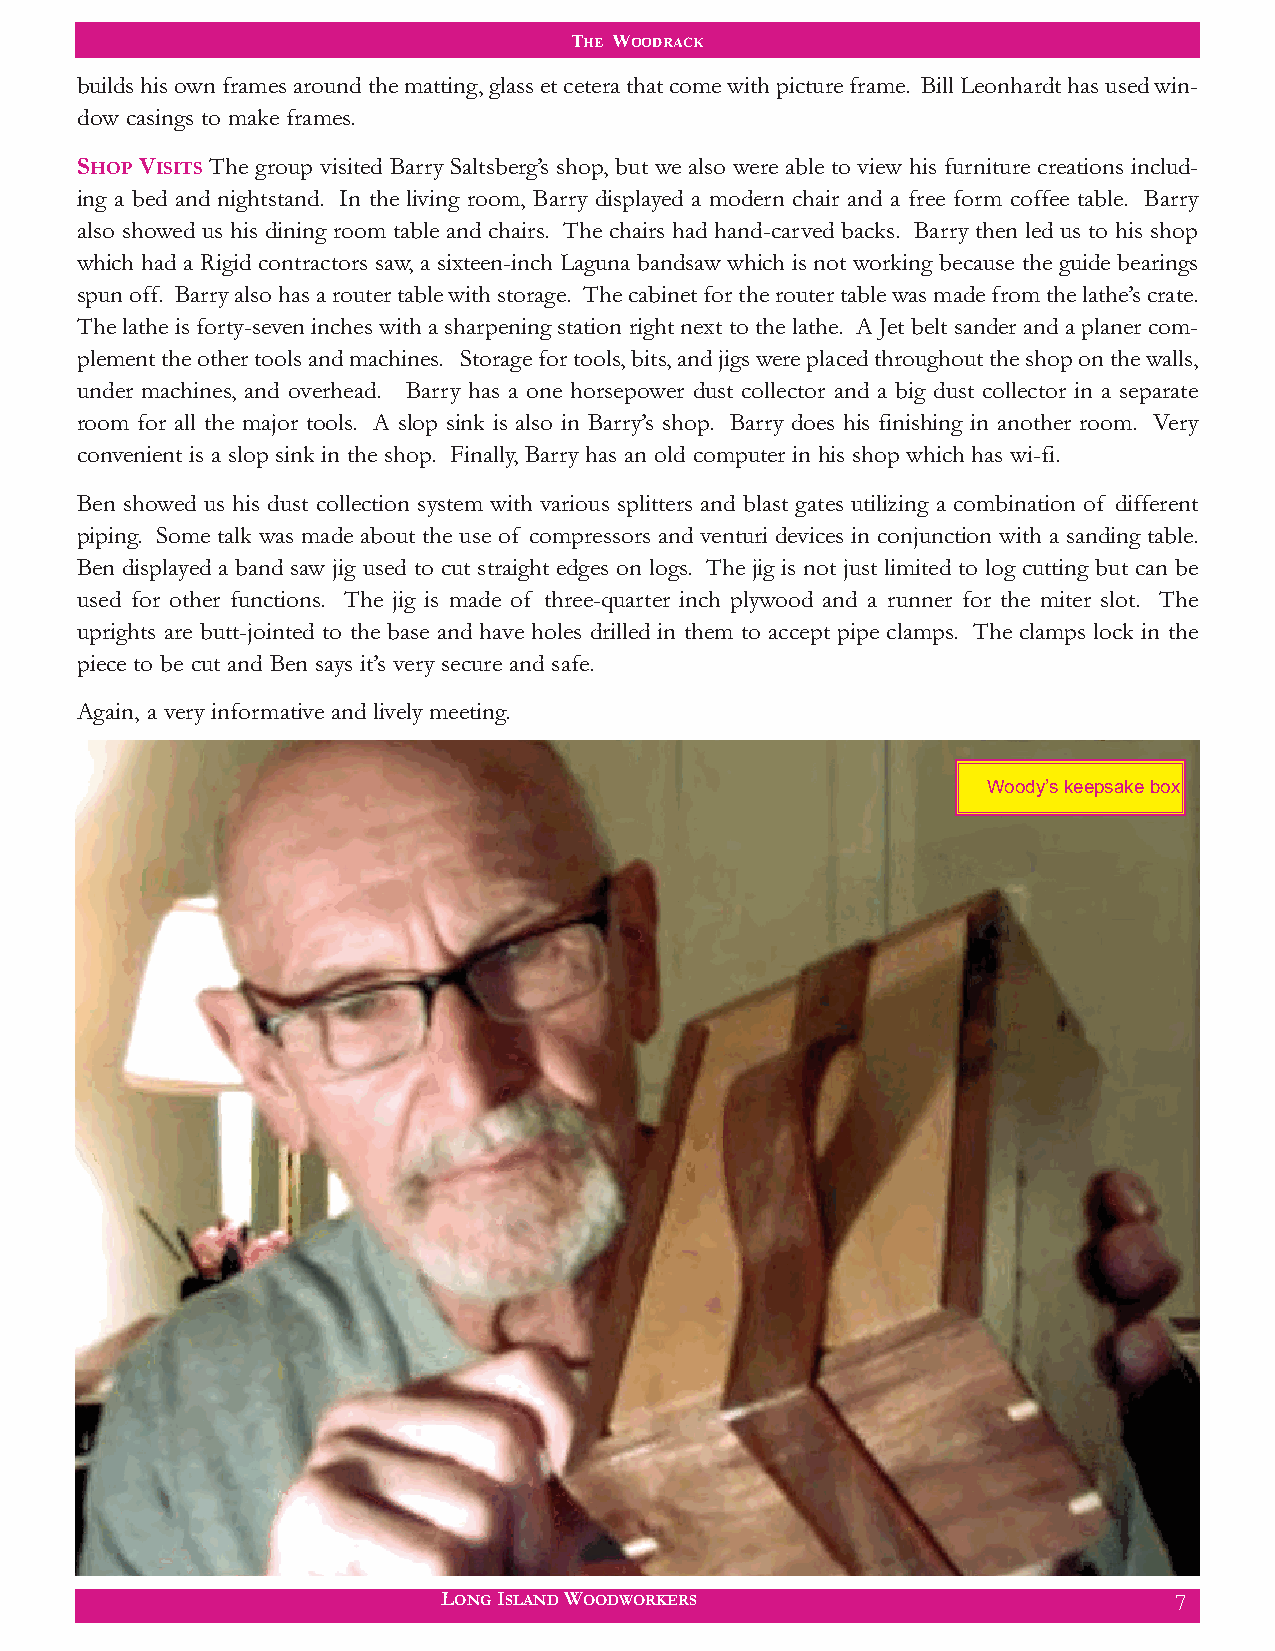
THE WOODRACK
 builds his own frames around the matting, glass et cetera that come with picture frame. Bill Leonhardt has used win-
 dow casings to make frames.
 SHOP VISITS The group visited Barry Saltsberg’s shop, but we also were able to view his furniture creations includ-
 ing a bed and nightstand. In the living room, Barry displayed a modern chair and a free form coffee table. Barry
 also showed us his dining room table and chairs. The chairs had hand-carved backs. Barry then led us to his shop
 which had a Rigid contractors saw, a sixteen-inch Laguna bandsaw which is not working because the guide bearings
 spun off. Barry also has a router table with storage. The cabinet for the router table was made from the lathe’s crate.
 The lathe is forty-seven inches with a sharpening station right next to the lathe. A Jet belt sander and a planer com-
 plement the other tools and machines. Storage for tools, bits, and jigs were placed throughout the shop on the walls,
 under machines, and overhead. Barry has a one horsepower dust collector and a big dust collector in a separate
 room for all the major tools. A slop sink is also in Barry’s shop. Barry does his finishing in another room. Very
 convenient is a slop sink in the shop. Finally, Barry has an old computer in his shop which has wi-fi.
 Ben showed us his dust collection system with various splitters and blast gates utilizing a combination of different
 piping. Some talk was made about the use of compressors and venturi devices in conjunction with a sanding table.
 Ben displayed a band saw jig used to cut straight edges on logs. The jig is not just limited to log cutting but can be
 used for other functions. The jig is made of three-quarter inch plywood and a runner for the miter slot. The
 uprights are butt-jointed to the base and have holes drilled in them to accept pipe clamps. The clamps lock in the
 piece to be cut and Ben says it’s very secure and safe.
 Again, a very informative and lively meeting.
 Woody’s keepsake box
 LONG ISLAND WOODWORKERS                          7